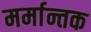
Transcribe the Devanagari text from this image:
मर्मान्तक